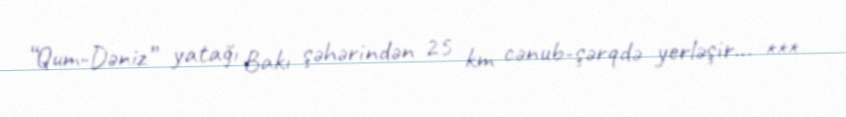
“Qum-Dəniz” yatağı Bakı şəhərindən 25 km cənub-şərqdə yerləşir... ***